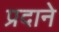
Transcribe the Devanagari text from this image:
प्रदाने